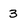
Character: 3